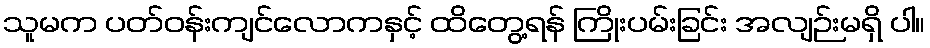
သူမက ပတ်ဝန်းကျင်လောကနှင့် ထိတွေ့ရန် ကြိုးပမ်းခြင်း အလျဉ်းမရှိ ပါ။